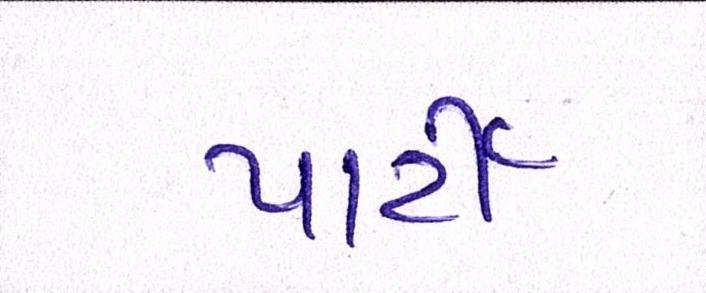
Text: પાર્ટી